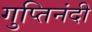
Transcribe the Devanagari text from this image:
गुप्तिनंदी